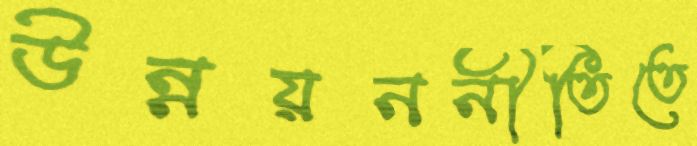
উন্নয়ননীতিতে